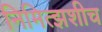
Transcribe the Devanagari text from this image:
निमित्झशीच